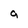
Character: a